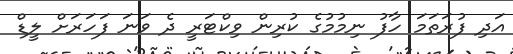
އަދި ފުރަތަމަ ހާފު ނިމުމުގެ ކުރިން ވިކްޓަރީ ދެ ވަނަ ފަހަރަށް ލީޑް